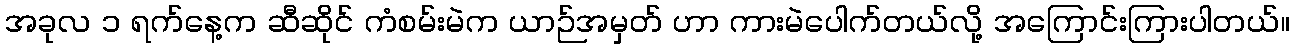
အခုလ ၁ ရက်နေ့က ဆီဆိုင် ကံစမ်းမဲက ယာဉ်အမှတ် ဟာ ကားမဲပေါက်တယ်လို့ အကြောင်းကြားပါတယ်။